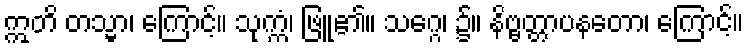
ဣတိ တသ္မာ၊ ကြောင့်။ သုက္ကံ၊ ဖြူ၏။ သဂ္ဂေ၊ ၌။ နိဗ္ဗတ္တာပနတော၊ ကြောင့်။